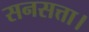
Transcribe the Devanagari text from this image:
सनसत्ता।